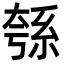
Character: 綔